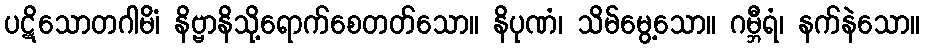
ပဋိသောတဂါမိံ၊ နိဗ္ဗာနိသို့ရောက်စေတတ်သော။ နိပုဏံ၊ သိမ်မွေ့သော။ ဂမ္ဘီရံ၊ နက်နဲသော။